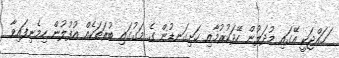
ަޙައްޖަކީ އޭގައި މުދަލުން ހޭދަކުރުމާއި ހަށިގަނޑުން ގެ މަގުގައި ބުރަތަކެއް އުފުލުން ހިމެނިފައިވާ